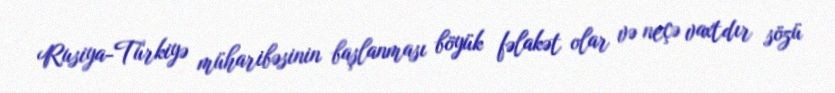
Rusiya-Türkiyə müharibəsinin başlanması böyük fəlakət olar və neçə vaxtdır sözü